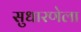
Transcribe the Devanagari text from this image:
सुधारणेला